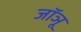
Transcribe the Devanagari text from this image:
जॉञू